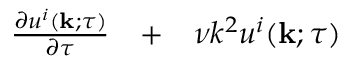
\begin{array} { r l r } { \frac { \partial u ^ { i } ( { \bf { k } } ; \tau ) } { \partial \tau } } & { { } + } & { \nu k ^ { 2 } u ^ { i } ( { \bf { k } } ; \tau ) } \end{array}